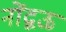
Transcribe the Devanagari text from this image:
नोंद्वऊ